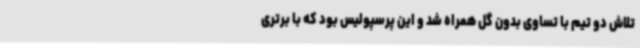
تلاش دو تیم با تساوی بدون گل همراه شد و این پرسپولیس بود که با برتری